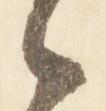
候